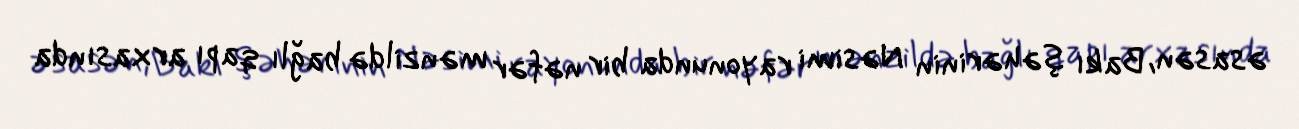
əsasən, Bakı şəhərinin Nəsimi rayonunda bir nəfər mənzildə bağlı qapı arxasında